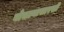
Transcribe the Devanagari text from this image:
बोचल्यासारखी